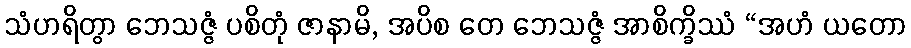
သံဟရိတွာ ဘေသဇ္ဇံ ပစိတုံ ဇာနာမိ, အပိစ တေ ဘေသဇ္ဇံ အာစိက္ခိဿံ “အဟံ ယတော